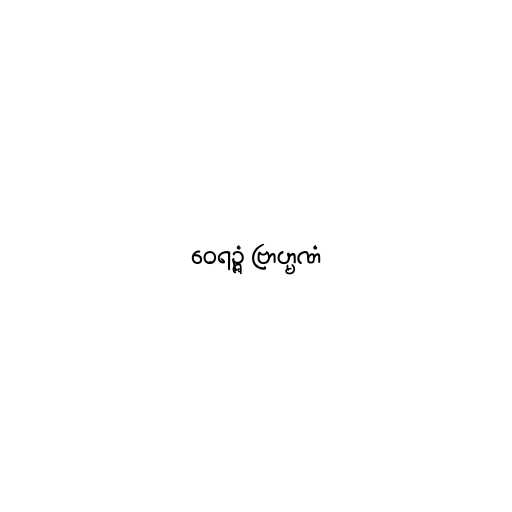
ဝေရဉ္ဇံ ဗြာဟ္မဏံ